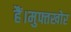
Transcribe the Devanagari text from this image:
हैं।मुफ्तखोर